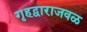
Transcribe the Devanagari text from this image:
गृहद्वाराजवळ